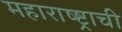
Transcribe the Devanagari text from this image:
महाराष्ष्ट्राची